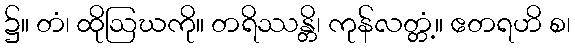
၌။ တံ၊ ထိုဩဃကို။ တရိဿန္တိ၊ ကုန်လတ္တံ့။ ဧတရဟိ စ၊